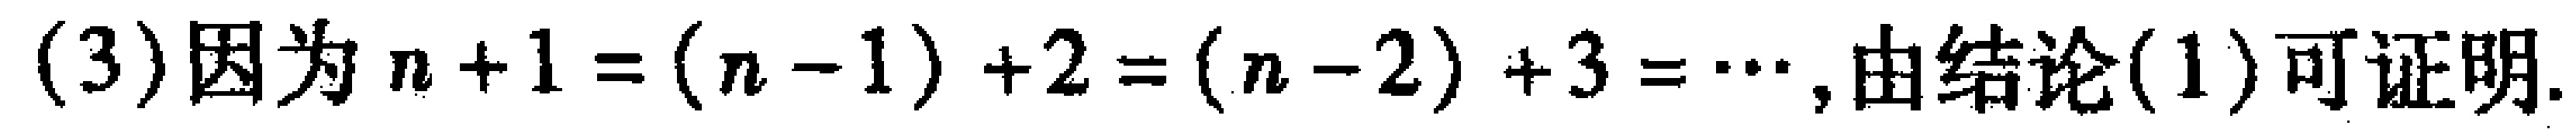
(3)因为 \(n + 1=(n - 1)+2=(n - 2)+3=\cdots\),由结论(1)可证明.